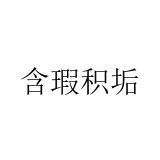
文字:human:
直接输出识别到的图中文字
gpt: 含瑕积垢